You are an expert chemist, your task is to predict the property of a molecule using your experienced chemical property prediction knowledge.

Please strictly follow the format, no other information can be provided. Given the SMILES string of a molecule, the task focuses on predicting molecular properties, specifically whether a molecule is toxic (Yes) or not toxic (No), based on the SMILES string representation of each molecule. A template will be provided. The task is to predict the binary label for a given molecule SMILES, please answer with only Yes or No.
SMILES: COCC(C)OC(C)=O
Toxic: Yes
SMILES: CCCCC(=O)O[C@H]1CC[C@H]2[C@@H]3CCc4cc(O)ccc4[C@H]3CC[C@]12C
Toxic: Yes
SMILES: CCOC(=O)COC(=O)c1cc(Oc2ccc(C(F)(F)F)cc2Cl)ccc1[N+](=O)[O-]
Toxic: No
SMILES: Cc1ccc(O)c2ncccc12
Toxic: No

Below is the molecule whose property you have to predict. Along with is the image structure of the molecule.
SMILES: C[C@@H]1OC(=O)C[C@H](O)C[C@H](O)CC[C@@H](O)[C@H](O)C[C@H](O)C[C@]2(O)C[C@H](O)[C@@H](C(=O)O)[C@H](C[C@@H](O[C@@H]3O[C@H](C)[C@@H](O)[C@H](N)[C@@H]3O)C=CC=CC=CC=CC=CC=CC=C[C@H](C)[C@@H](O)[C@H]1C)O2
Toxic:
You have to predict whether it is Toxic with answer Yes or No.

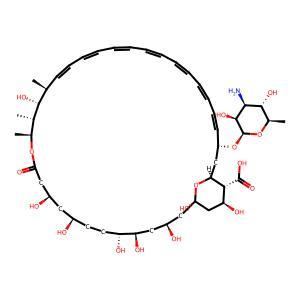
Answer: No